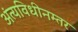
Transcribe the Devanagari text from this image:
अंत्यविधीनम्तर